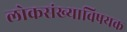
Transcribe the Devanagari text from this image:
लोकसंख्याविषयक